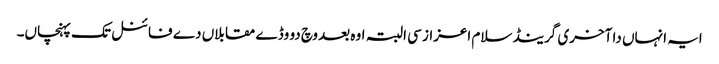
ایہ انہاں دا آخری گرینڈ سلام اعزاز سی البتہ اوہ بعد وچ دو وڈے مقابلاں دے فائنل تک پہنچاں۔